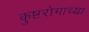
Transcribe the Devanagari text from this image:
कुष्टरोगाच्या